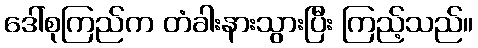
ဒေါ်စုကြည်က တံခါးနားသွားပြီး ကြည့်သည်။